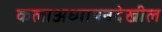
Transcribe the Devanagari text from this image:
कलाअध्यापनदेखील